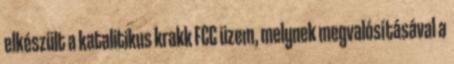
elkészült a katalitikus krakk FCC üzem, melynek megvalósításával a